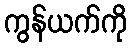
ကွန်ယက်ကို